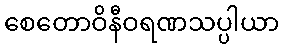
စေတောဝိနီဝရဏသပ္ပါယာ